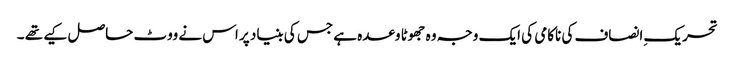
تحریک ِانصاف کی ناکامی کی ایک وجہ وہ جھوٹا وعدہ ہے جس کی بنیاد پر اس نے ووٹ حاصل کیے تھے ۔